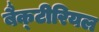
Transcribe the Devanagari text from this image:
बैक्‍टीरियल